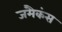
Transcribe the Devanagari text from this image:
जमैकंस